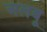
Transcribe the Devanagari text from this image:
अलबू